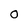
Character: O